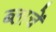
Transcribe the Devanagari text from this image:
ब्लाचें